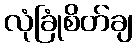
လုံခြုံစိတ်ချ